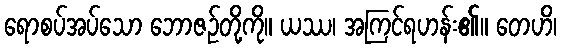
ရောစပ်အပ်သော ဘောဇဉ်တို့ကို။ ယဿ၊ အကြင်ရဟန်း၏။ တေဟိ၊